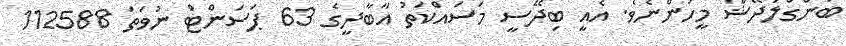
ބަންގްލަދޭޝް މީހުންނެވެ. އެއީ ބިދޭސީ މަސައްކަތު އާބާދީގެ 63 ޕަސަންޓް ނުވަތަ 112588